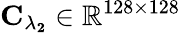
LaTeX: \mathbf{C_{\lambda_{2}}}\in\mathbb{R}^{128\times 128}